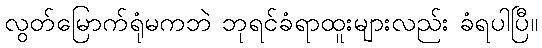
လွတ်မြောက်ရုံမကဘဲ ဘုရင်ခံရာထူးများလည်း ခံရပါပြီ။